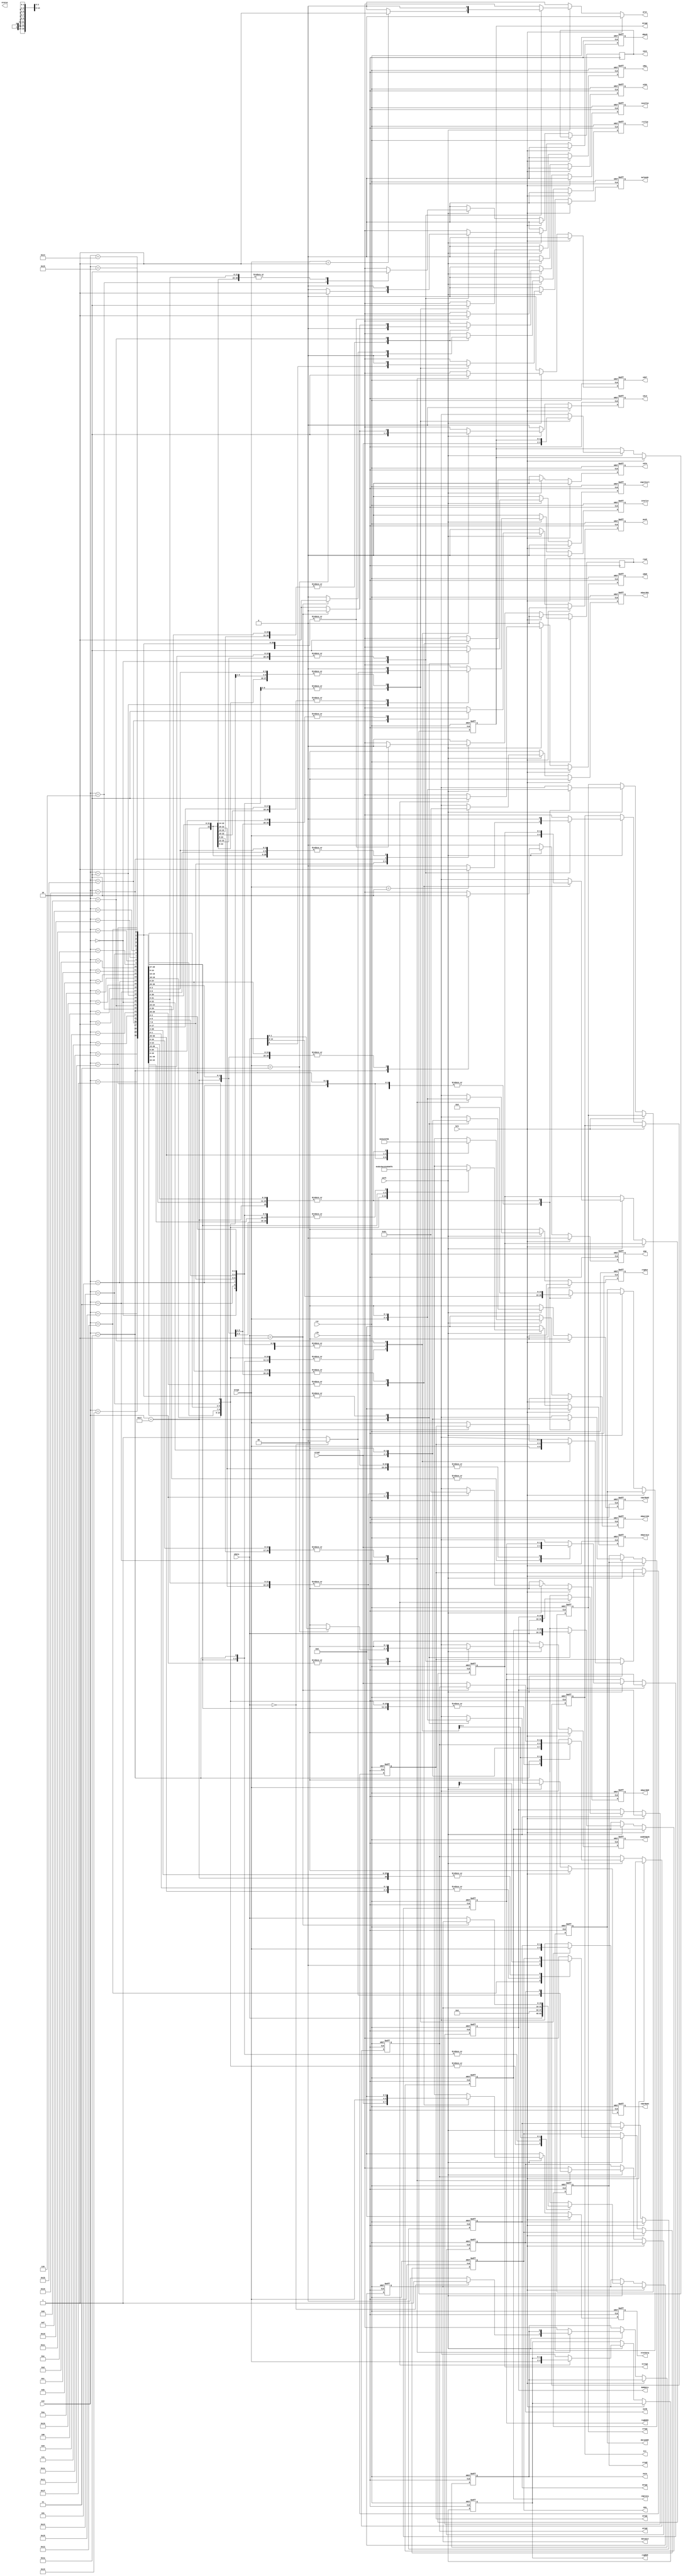
module controller(
	
	input clk,
	input rst,
	
	input work,
	input brk,
	
	input[4:0] exe,
	input[1:0] ereg1,
	input[1:0] ereg2,
	input[15:0] edata,
	
	output reg hlt,
	
	output reg[15:0] cmprarg,
	
	output reg[1:0] areg1,
	output reg[1:0] areg2,
	
	output reg[15:0] dataALU,
	
	output reg[3:0] mOperALU,
	
	output reg sALU,
	
	
	output reg[1:0] regOut,
	output reg outA,
	output reg outB,
	
	output reg sOUT,
	
	
	output reg sCOU,
	
	output reg[1:0] creg1,
	output reg[1:0] creg2,
	
	output reg[3:0] mOperCOU,
	output reg[14:0] dataAddr,
	
	
	output reg sMUL,
	output reg[1:0] mOperMUL,

	output reg[1:0] mreg1,
	output reg[1:0] mreg2,
	
	

	output reg sSTA,
	output reg pop,
	output reg push,

	output reg[1:0] streg1,
	
	
	output reg[15:0] RAMdata,
	output reg[1:0] mOperRAM,
	output reg[1:0] regRAM,
	output reg[1:0] regRAM2,
	output reg sRAM,
	
	output reg inselin,
	
	
	output reg rstTim,
	output reg saveTim,
	
	output status,
	
	output reg mulmode,
	output reg aeq,
	
	output reg prst,
	
	output reg[1:0] cmprNum1,
	output reg[1:0] cmprNum2,
	
	
	output reg cmprStart,
	
	output reg sBank,
	output reg[1:0] sAddrBank,
	
	output reg save,
	output reg read,
	
	output reg[3:0] stackArg
);

reg n_sBank;

reg[15:0] n_cmprarg;

reg[1:0] n_sAddrBank;

reg[1:0] n_areg1;
reg[1:0] n_areg2;
	
reg[15:0] n_dataALU;
	
reg[3:0] n_mOperALU;
	
reg n_sALU;
	
	
reg[1:0] n_regOut;
reg n_outA;
reg n_outB;
	
reg n_sCOU;
	
reg[1:0] n_creg1;
reg[1:0] n_creg2;
	
reg n_sOUT;

reg[3:0] n_mOperCOU;
reg[14:0] n_dataAddr;
reg[14:0] n_addr;

reg f_sel;
reg n_sel;

reg n_sMUL;
reg[1:0] n_mOperMUL;

reg[1:0] n_mreg1;
reg[1:0] n_mreg2;


reg n_sSTA;
reg n_pop;
reg n_push;

reg[1:0] n_streg1;

reg[15:0] n_RAMdata;
reg[1:0] n_mOperRAM;
reg[1:0] n_regRAM;
reg[1:0] n_regRAM2;
reg n_sRAM;

reg f_hlt;

reg n_rstTim;
reg n_saveTim;
	
reg n_inselin;
	
reg n_mulmode;

reg n_aeq;

reg[1:0] n_cmprNum1;
reg[1:0] n_cmprNum2;

reg n_save;
reg n_read;

reg[3:0] n_stackArg;

reg n_cmprStart;
// Rozkazy procesora
localparam NOP = 5'd0; // O
localparam SET = 5'd1; // O
localparam IN = 5'd2; // O
localparam OUT = 5'd3; // O
localparam INC = 5'd4; // O
localparam JMP = 5'd5; // O
localparam SAVE = 5'd6;
localparam RAM = 5'd7;
localparam TIM = 5'd8;
localparam URAM = 5'd9;
localparam NOT = 5'd10; // O
localparam ADD = 5'd11; // O
localparam SUB = 5'd12; // O
localparam AND = 5'd13; // O
localparam EOR = 5'd14; // O
localparam MOL = 5'd15; // O
localparam MOR = 5'd16; // O
localparam XOR = 5'd17; // O
localparam JEQ = 5'd18; // O
localparam RES = 5'd19; // O
localparam JGT = 5'd20; // O
localparam JLT = 5'd21; // O
localparam DEC = 5'd22; // O
localparam CMP = 5'd23; // O
localparam READ = 5'd24; // O

localparam MOV = 5'd25; // O

localparam POP = 5'd26; // O
localparam PUSH = 5'd27; // O

localparam MUL = 5'd28; // O
localparam DIV = 5'd29; // O
localparam CALL = 5'd30; // O
localparam RET = 5'd31; // O

always@(posedge clk or posedge rst)begin
	if(rst) begin
		areg1 <= 0;
		areg2 <= 0;
		dataALU <= 0;
		mOperALU <= 0;
		sALU <= 0;
		
		regOut <= 0;
		outA <= 0;
		outB <= 0;
		sCOU <= 0;
		
		creg1 <= 0;
		creg2 <= 0;
		
		mOperCOU <= 0;
		dataAddr <= 0;
	
		
		sOUT <= 0;
		
		f_sel <= 0;
		
		sMUL <= 0;
		mOperMUL <= 0;

		mreg1 <= 0;
		mreg2 <= 0;
		
		sSTA <=0;
		pop <=0;
		push<=0;

		streg1<=0;
		
		RAMdata <= 0;
		mOperRAM <= 0;
		regRAM <= 0;
		regRAM2 <= 0;
		sRAM <= 0;
		
		inselin <= 0;
		
		rstTim <= 0;
		saveTim <= 0;
		
		hlt <= 0;
		mulmode <= 0;
		aeq <= 0;
		
		cmprNum1 <= 0;
		cmprNum2 <= 0;
		
		cmprStart <= 0;
		
		sAddrBank <= 0;
		sBank <= 0;
		
		cmprarg <= 0;
		
		stackArg <= 0;
	end else
	begin
	
		stackArg <= n_stackArg;
		
		areg1 <= n_areg1;
		areg2 <= n_areg2;
		dataALU <= n_dataALU;
		mOperALU <= n_mOperALU;
		sALU <= n_sALU;
		
		regOut <= n_regOut;
		outA <= n_outA;
		outB <= n_outB;
		sCOU <= n_sCOU;
		
		creg1 <= n_creg1;
		creg2 <= n_creg2;
		
		mOperCOU <= n_mOperCOU;
		dataAddr <= n_dataAddr;

		
		sOUT <= n_sOUT;
		
		
		sMUL <= n_sMUL;
		mOperMUL <= n_mOperMUL;

		mreg1 <= n_mreg1;
		mreg2 <= n_mreg2;
		
		
		f_sel <= n_sel;
		
		sSTA <= n_sSTA;
		pop <= n_pop;
		push <= n_push;

		streg1 <= n_streg1;
		
		RAMdata <= n_RAMdata;
		mOperRAM <= n_mOperRAM;
		regRAM <= n_regRAM;
		regRAM2 <= n_regRAM2;
		sRAM <= n_sRAM;
		
		inselin <= n_inselin;
		
		rstTim <= n_rstTim;
		saveTim <= n_saveTim;
		
		hlt = f_hlt;
		
		mulmode <= n_mulmode;
		aeq <= n_aeq;
		
		cmprNum1 <= n_cmprNum1;
		cmprNum2 <= n_cmprNum2;
		
		cmprStart <= n_cmprStart;
		
		sAddrBank <= n_sAddrBank;
		sBank <= n_sBank;
		
		save <= n_save;
		read <= n_read;
		
		cmprarg <= n_cmprarg;
	end
end

always@(*)begin
		n_cmprarg = cmprarg;
		
		n_stackArg = 0;
		
		n_areg1 = areg1;
		n_areg2 = areg2;
		n_dataALU = dataALU;
		n_mOperALU =0;
		n_sALU = 0;
		
		n_regOut = 0;
		n_outA = outA;
		n_outB = outB;
		
		n_sOUT = 0;
		
		n_aeq = aeq;
		
		n_creg1 = creg1;
		n_creg2 = creg2;
		
		n_mOperCOU = 0;
		n_dataAddr = dataAddr;

		
		n_sCOU = 0;
		
		
		n_sMUL = 0;
		n_mOperMUL = 0;

		n_mreg1 = mreg1;
		n_mreg2 = mreg2;
		
		n_sSTA = 0;
		n_pop = 0;
		n_push = 0;

		n_streg1 = streg1;
		
		n_RAMdata = RAMdata;
		n_mOperRAM = 0;
		n_regRAM = regRAM;
		n_regRAM2 = regRAM2;
		n_sRAM = 0;
		
		n_inselin = 0;
		
		n_rstTim = 0;
		n_saveTim = 0;
		
		n_mulmode = 0;
		
		f_hlt = hlt;
		
		prst = 0;
		
		n_cmprStart = 0;
		n_cmprNum1 = 0;
		n_cmprNum2 = 0;
		
		n_sAddrBank = 0;
		n_sBank = 0;
		
		n_save = 0;
		n_read = 0;
		if(~brk)
			if(work) begin
			
			f_hlt = 0;
			
			case(exe)
				NOP:begin
						// Next
						
						n_mOperCOU = 4'd6;
						n_dataAddr = 0;
						
						case(ereg1)
							
							2'b10: f_hlt = 1;
							2'b01: prst = 1;
							2'b11: begin
										n_sAddrBank = {edata[1],edata[0]};
										n_sBank = 1;
									end
							default:;
						endcase
						
						n_creg1 = 0;
						n_creg2 = 0;
						
						n_sCOU = 1;
					end
				SET: begin
					n_areg1 = ereg1;
					n_areg2 = ereg2;
					n_dataALU = edata;
					n_mOperALU = 4'd13;
					n_sALU = 1;
					
					// Next
					
					n_mOperCOU = 4'd6;
					n_dataAddr = 0;
					
					
					n_creg1 = 0;
					n_creg2 = 0;
					
					n_sCOU = 1;
				end
				IN: begin
					n_areg1 = ereg1;
					n_areg2 = ereg2;
					n_dataALU = edata;
					n_mOperALU = 4'd14;
					n_sALU = 1;
					
					if(edata == 0) n_inselin = 0;
					else n_inselin = 1;
					
					// Next
					
					n_mOperCOU = 4'd6;
					n_dataAddr = 0;
				
					n_creg1 = 0;
					n_creg2 = 0;
					
					n_sCOU = 1;
				end
				OUT: begin
					n_regOut = ereg1;
					n_outA = 0;
					n_outB = 0;
					
					if(edata == 0) n_outA = 1;
					else n_outB = 1;
					
					n_sOUT = 1;
					
					// Next
					
					n_mOperCOU = 4'd6;
					n_dataAddr = 0;
				
					
					n_creg1 = 0;
					n_creg2 = 0;
					
					n_sCOU = 1;
				end
				
				INC: begin
					n_areg1 = ereg1;
					n_areg2 = ereg2;
					n_dataALU = edata;
					n_mOperALU = 4'd12;
					n_sALU = 1;
					
					// Next
					
					n_mOperCOU = 4'd6;
					n_dataAddr = 0;
				
					
					n_creg1 = 0;
					n_creg2 = 0;
					
					n_sCOU = 1;
				end
				DEC: begin
					n_areg1 = ereg1;
					n_areg2 = ereg2;
					n_dataALU = edata;
					n_mOperALU = 4'd11;
					n_sALU = 1;
					
					// Next
					
					n_mOperCOU = 4'd6;
					n_dataAddr = 0;
					
					
					n_creg1 = 0;
					n_creg2 = 0;
					
					n_sCOU = 1;
				end
				JMP: begin
					
					n_mOperCOU = 4'd5;
					n_dataAddr = edata;
					
					n_creg1 = ereg1;
					n_creg2 = ereg2;
					
					
					n_sCOU = 1;
				end
				NOT: begin
					n_areg1 = ereg1;
					n_areg2 = ereg2;
					n_dataALU = edata;
					n_mOperALU = 4'd10;
					n_sALU = 1;
					
					// Next
					
					n_mOperCOU = 4'd6;
					n_dataAddr = 0;
				
					
					n_creg1 = 0;
					n_creg2 = 0;
					
					n_sCOU = 1;
				end
				ADD: begin
					n_areg1 = ereg1;
					n_areg2 = ereg2;
					n_dataALU = edata;
					n_mOperALU = 4'd1;
					n_sALU = 1;
					
					// Next
					
					n_mOperCOU = 4'd6;
					n_dataAddr = 0;
					
					
					n_creg1 = 0;
					n_creg2 = 0;
					
					n_sCOU = 1;
				end
				SUB: begin
					n_areg1 = ereg1;
					n_areg2 = ereg2;
					n_dataALU = edata;
					n_mOperALU = 4'd2;
					n_sALU = 1;
					
					// Next
					
					n_mOperCOU = 4'd6;
					n_dataAddr = 0;
					
					
					n_creg1 = 0;
					n_creg2 = 0;
					
					n_sCOU = 1;
				end
				AND: begin
					n_areg1 = ereg1;
					n_areg2 = ereg2;
					n_dataALU = edata;
					n_mOperALU = 4'd3;
					n_sALU = 1;
					
					// Next
					
					n_mOperCOU = 4'd6;
					n_dataAddr = 0;
					n_addr = 0;
					
					n_creg1 = 0;
					n_creg2 = 0;
					
					n_sCOU = 1;
				end
				EOR: begin
					n_areg1 = ereg1;
					n_areg2 = ereg2;
					n_dataALU = edata;
					n_mOperALU = 4'd4;
					n_sALU = 1;
					
					// Next
					
					n_mOperCOU = 4'd6;
					n_dataAddr = 0;
			
					
					n_creg1 = 0;
					n_creg2 = 0;
					
					n_sCOU = 1;
				end
				MUL:begin
					n_sMUL = 2'd1;
					n_mOperMUL = 2'd1;

					n_mreg1 = ereg1;
					n_mreg2 = ereg2;
					
					// Next
					
					n_mOperCOU = 4'd6;
					n_dataAddr = 0;
			
					
					n_creg1 = 0;
					n_creg2 = 0;
					
					n_sCOU = 1;
				
					n_mulmode = edata[0];
				end
			
				DIV:begin
					n_sMUL = 2'd1;
					n_mOperMUL = 2'd2;

					n_mreg1 = ereg1;
					n_mreg2 = ereg2;
					
					// Next
					
					n_mOperCOU = 4'd6;
					n_dataAddr = 0;
			
					
					n_creg1 = 0;
					n_creg2 = 0;
					
					n_sCOU = 1;
					
					n_mulmode = edata[0];
					
				end
				RES:begin
					n_areg1 = ereg1;
					n_areg2 = ereg2;
					n_dataALU = edata;
					n_mOperALU = 4'd5;
					n_sALU = 1;
					
					// Next
					
					n_mOperCOU = 4'd6;
					n_dataAddr = 0;
				
					
					n_creg1 = 0;
					n_creg2 = 0;
					
					n_sCOU = 1;
					
				
					end
				MOL: begin
					n_sMUL = 2'd1;
					n_mOperMUL = 2'd0;

					n_mreg1 = ereg1;
					n_mreg2 = ereg2;
					
					// Next
					
					n_mOperCOU = 4'd6;
					n_dataAddr = 0;
			
					
					n_creg1 = 0;
					n_creg2 = 0;
					
					n_sCOU = 1;
				
					n_mulmode = edata[0];
				end
				MOR: begin
					n_sMUL = 2'd1;
					n_mOperMUL = 2'd3;

					n_mreg1 = ereg1;
					n_mreg2 = ereg2;
					
					// Next
					
					n_mOperCOU = 4'd6;
					n_dataAddr = 0;
			
					
					n_creg1 = 0;
					n_creg2 = 0;
					
					n_sCOU = 1;
				
					n_mulmode = edata[0];
				end
				
				XOR: begin
					n_areg1 = ereg1;
					n_areg2 = ereg2;
					n_dataALU = edata;
					n_mOperALU = 4'd9;
					n_sALU = 1;
					
					// Next
					
					n_mOperCOU = 4'd6;
					n_dataAddr = 0;
				
					
					n_creg1 = 0;
					n_creg2 = 0;
					
					n_sCOU = 1;
				end
				JEQ: begin
				
					n_mOperCOU = 4'd1;
					n_dataAddr = edata;
		
					n_aeq = ereg1[1];
		
					n_creg1 = ereg1;
					n_creg2 = ereg2;
					
					n_aeq = 0;
					n_sCOU = 1;
				end
				JGT: begin
				
					n_mOperCOU = 4'd2;
					n_dataAddr = edata;
		
					
					n_creg1 = ereg1;
					n_creg2 = ereg2;
					
					n_aeq = ereg1[1];
					n_sCOU = 1;
				end
				JLT: begin
				
					n_mOperCOU = 4'd3;
					n_dataAddr = edata;
		
					
					n_creg1 = ereg1;
					n_creg2 = ereg2;
					
					n_aeq = ereg1[1];
					
					n_sCOU = 1;
				end
				CMP: begin
					n_cmprarg = edata;
					
					n_cmprNum1 = ereg1;
					n_cmprNum2 = ereg2;
					
					n_cmprStart = 1;
					
					// Next
					
					n_mOperCOU = 4'd6;
					n_dataAddr = 0;
				
					
					n_creg1 = 0;
					n_creg2 = 0;
					
					n_sCOU = 1;
				end
				CALL: begin
				
					n_mOperCOU = 4'd7;
					n_dataAddr = edata;
		
					n_aeq = ereg1[1];
					
					n_creg1 = ereg1;
					n_creg2 = ereg2;
					
					n_sCOU = 1;
				end
				RET: begin
				
					n_mOperCOU = 4'd8;
					n_dataAddr = edata;
		
					n_aeq = ereg1[1];
					
					n_creg1 = ereg1;
					n_creg2 = ereg2;
					
					n_sCOU = 1;
				end
				
				READ: begin
					n_read = 0;
					n_areg1 = ereg1;
					n_areg2 = ereg2;
					n_dataALU = 0;
					n_mOperALU = 4'd6;
					n_sALU = 1;
					
					// Next
					
					n_mOperCOU = 4'd6;
					n_dataAddr = 0;
				
					
					n_creg1 = 0;
					n_creg2 = 0;
					
					n_sCOU = 1;
					end
				MOV: begin
					n_areg1 = ereg1;
					n_areg2 = ereg2;
					n_dataALU = 0;
					n_mOperALU = 4'd15;
					n_sALU = 1;
					
					// Next
					
					n_mOperCOU = 4'd6;
					n_dataAddr = 0;
				
					
					n_creg1 = 0;
					n_creg2 = 0;
					
					n_sCOU = 1;
					end
				default:;
				PUSH:begin
					n_sSTA = 1;
					n_pop = 0;
					n_push = 1;

					n_streg1 = {ereg2,ereg1};
					
					n_stackArg = {ereg2,ereg1};
					// Next
					
					n_mOperCOU = 4'd6;
					n_dataAddr = 0;
				
					
					n_creg1 = 0;
					n_creg2 = 0;
					
					n_sCOU = 1;
					end
				POP:begin
				
					n_stackArg = {ereg2,ereg1};
				
					n_sSTA = 1;
					n_pop = 1;
					n_push = 0;

					n_streg1 = {ereg2,ereg1};
					
					// ALU
					
					n_areg1 = ereg1;
					n_areg2 = 0;
					n_dataALU = 0;
					n_mOperALU = 4'd0;
					n_sALU = 1;
					
					// Next
					
					n_mOperCOU = 4'd6;
					n_dataAddr = 0;
				
					
					n_creg1 = 0;
					n_creg2 = 0;
					
					n_sCOU = 1;
					
					end
				RAM:begin
					n_RAMdata = edata[15:0];
					n_mOperRAM = 1;
					n_regRAM = ereg1;
					n_regRAM2 = ereg2;
					n_sRAM = 1;
					
					// Next
					
					n_mOperCOU = 4'd6;
					n_dataAddr = 0;
				
					
					n_creg1 = 0;
					n_creg2 = 0;
					
					n_sCOU = 1;
					
					end
				URAM:begin
					n_RAMdata = edata[15:0];
					n_mOperRAM = 2;
					n_regRAM = ereg1;
					n_regRAM2 = ereg2;
					n_sRAM = 1;
					
					// Next
					
					n_mOperCOU = 4'd6;
					n_dataAddr = 0;
				
					
					n_creg1 = 0;
					n_creg2 = 0;
					
					n_sCOU = 1;
					
					end
				SAVE:begin
					
					n_save = 1;
					n_RAMdata = edata[15:0];
					n_mOperRAM = 3;
					n_regRAM = ereg1;
					n_sRAM = 1;
					
					// Next
					
					n_mOperCOU = 4'd6;
					n_dataAddr = 0;
				
					
					n_creg1 = 0;
					n_creg2 = 0;
					
					n_sCOU = 1;
					end
				TIM: begin
					if(edata == 1) begin
						n_rstTim = 1;
						n_saveTim = 0;
					end else
					begin
					
						n_areg1 = ereg1;
						n_areg2 = ereg2;
						n_dataALU = edata;
						n_sALU = 1;
					
						n_rstTim = 0;
						n_saveTim = 1;
						
						
					end
					
					// Next
					
					n_mOperCOU = 4'd6;
					n_dataAddr = 0;
				
					
					n_creg1 = 0;
					n_creg2 = 0;
					
					n_sCOU = 1;
				end
			endcase
	end
end

assign status = n_sel;

endmodule